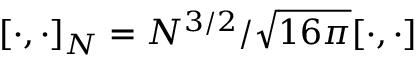
[ \cdot , \cdot ] _ { N } = N ^ { 3 / 2 } / \sqrt { 1 6 \pi } [ \cdot , \cdot ]